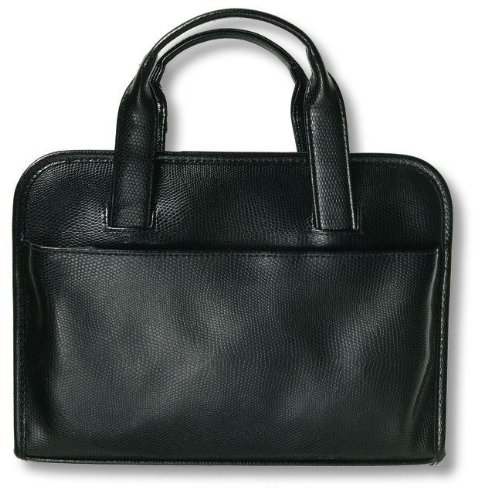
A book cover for Reptile Onyx Bible Cover LG; Zondervan; Christian Books & Bibles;